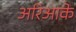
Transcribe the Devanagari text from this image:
अरिआके